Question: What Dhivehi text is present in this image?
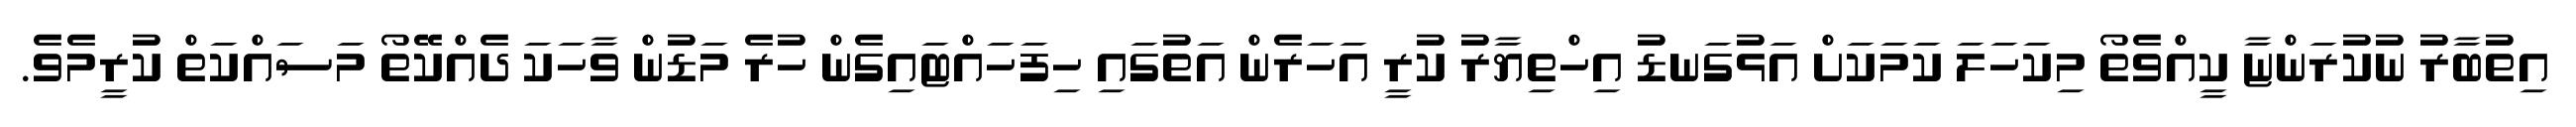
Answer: އިތުބާރު ނުކުރަންޏާ ކީއްވެތޯ މިކަހަލަ ކަމަކަށް އަޅުގަނޑު އިހްތިޔާރު ކުރީ އަހަރެން އަތުގައި ހިފަހައްޓައިގެން ހުރެ މަޑުން ވާހަކަ ދެއްކޭތޯ މަސައްކަތް ކުރީމެވެ.